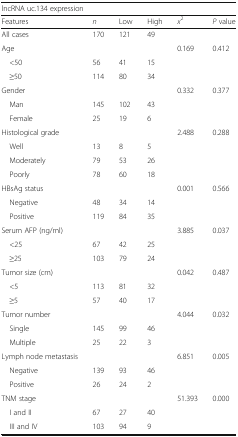
<table><thead><tr><td colspan="6"><b>lncRNA uc.134 expression</b></td></tr><tr><td><b>Features</b></td><td><b><i>n</i></b></td><td><b>Low</b></td><td><b>High</b></td><td><b><i>x</i><sup>2</sup></b></td><td><b><i>P</i> value</b></td></tr></thead><tbody><tr><td>All cases</td><td>170</td><td>121</td><td>49</td><td></td><td></td></tr><tr><td>Age</td><td></td><td></td><td></td><td>0.169</td><td>0.412</td></tr><tr><td> &lt;50</td><td>56</td><td>41</td><td>15</td><td></td><td></td></tr><tr><td> ≥50</td><td>114</td><td>80</td><td>34</td><td></td><td></td></tr><tr><td>Gender</td><td></td><td></td><td></td><td>0.332</td><td>0.377</td></tr><tr><td> Man</td><td>145</td><td>102</td><td>43</td><td></td><td></td></tr><tr><td> Female</td><td>25</td><td>19</td><td>6</td><td></td><td></td></tr><tr><td>Histological grade</td><td></td><td></td><td></td><td>2.488</td><td>0.288</td></tr><tr><td> Well</td><td>13</td><td>8</td><td>5</td><td></td><td></td></tr><tr><td> Moderately</td><td>79</td><td>53</td><td>26</td><td></td><td></td></tr><tr><td> Poorly</td><td>78</td><td>60</td><td>18</td><td></td><td></td></tr><tr><td>HBsAg status</td><td></td><td></td><td></td><td>0.001</td><td>0.566</td></tr><tr><td> Negative</td><td>48</td><td>34</td><td>14</td><td></td><td></td></tr><tr><td> Positive</td><td>119</td><td>84</td><td>35</td><td></td><td></td></tr><tr><td>Serum AFP (ng/ml)</td><td></td><td></td><td></td><td>3.885</td><td>0.037</td></tr><tr><td> &lt;25</td><td>67</td><td>42</td><td>25</td><td></td><td></td></tr><tr><td> ≥25</td><td>103</td><td>79</td><td>24</td><td></td><td></td></tr><tr><td>Tumor size (cm)</td><td></td><td></td><td></td><td>0.042</td><td>0.487</td></tr><tr><td> &lt;5</td><td>113</td><td>81</td><td>32</td><td></td><td></td></tr><tr><td> ≥5</td><td>57</td><td>40</td><td>17</td><td></td><td></td></tr><tr><td>Tumor number</td><td></td><td></td><td></td><td>4.044</td><td>0.032</td></tr><tr><td> Single</td><td>145</td><td>99</td><td>46</td><td></td><td></td></tr><tr><td> Multiple</td><td>25</td><td>22</td><td>3</td><td></td><td></td></tr><tr><td>Lymph node metastasis</td><td></td><td></td><td></td><td>6.851</td><td>0.005</td></tr><tr><td> Negative</td><td>139</td><td>93</td><td>46</td><td></td><td></td></tr><tr><td> Positive</td><td>26</td><td>24</td><td>2</td><td></td><td></td></tr><tr><td>TNM stage</td><td></td><td></td><td></td><td>51.393</td><td>0.000</td></tr><tr><td> I and II</td><td>67</td><td>27</td><td>40</td><td></td><td></td></tr><tr><td> III and IV</td><td>103</td><td>94</td><td>9</td><td></td><td></td></tr></tbody></table>